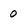
Character: 0